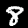
Digit: 8